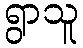
ရွာသူ